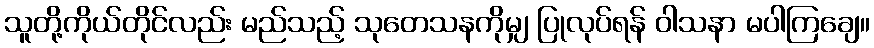
သူတို့ကိုယ်တိုင်လည်း မည်သည့် သုတေသနကိုမျှ ပြုလုပ်ရန် ဝါသနာ မပါကြချေ။